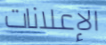
الإعلانات